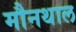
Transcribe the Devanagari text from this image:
मौनथाल